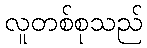
လူတစ်စုသည်